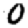
Digit: 0